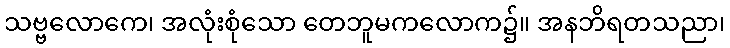
သဗ္ဗလောကေ၊ အလုံးစုံသော တေဘူမကလောက၌။ အနဘိရတသညာ၊